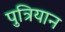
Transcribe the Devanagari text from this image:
पुत्रियान